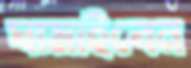
ঘামাইবেন